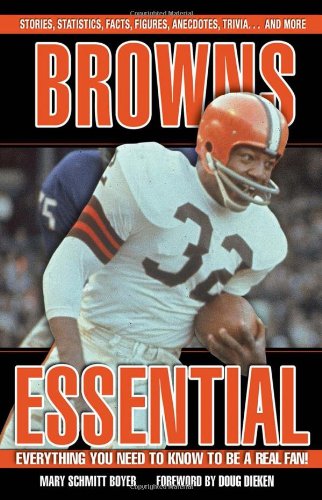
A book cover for Browns Essential: Everything You Need to Know to Be a Real Fan!; Mary Schmitt Boyer; Travel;